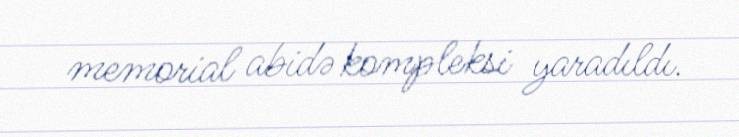
memorial abidə kompleksi yaradıldı.